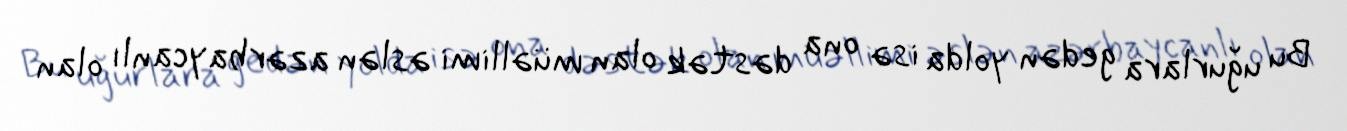
Bu uğurlara gedən yolda isə ona dəstək olan müəllimi əslən azərbaycanlı olan